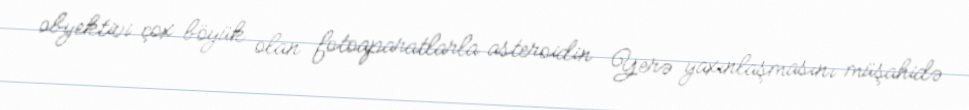
obyektivi çox böyük olan fotoaparatlarla asteroidin Yerə yaxınlaşmasını müşahidə